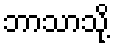
ဘာသာသို့